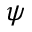
\psi